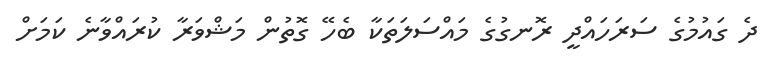
ދެ ގައުމުގެ ސަރަހައްދީ ރޮނގުގެ މައްސަލަތަކާ ބެހޭ ގޮތުން މަޝްވަރާ ކުރައްވާނެ ކަމަށް